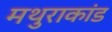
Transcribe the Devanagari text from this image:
मथुराकांड